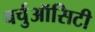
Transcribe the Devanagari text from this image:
वर्चुऑसिटी